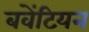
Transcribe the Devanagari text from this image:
बवेंटियन